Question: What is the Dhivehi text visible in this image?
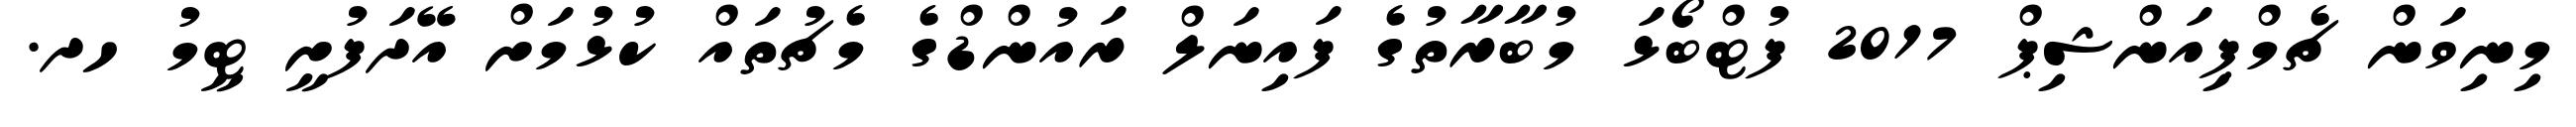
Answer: މިނިވަން ޗެމްޕިއަންޝިޕް 2017 ފުޓްބޯޅަ މުބާރާތުގެ ފައިނަލް ރައުންޑްގެ މެޗުތައް ކުޅުމަށް އޭދަފުށީ ޓީމު ހދ.